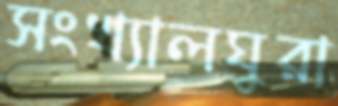
সংখ্যালঘুরা